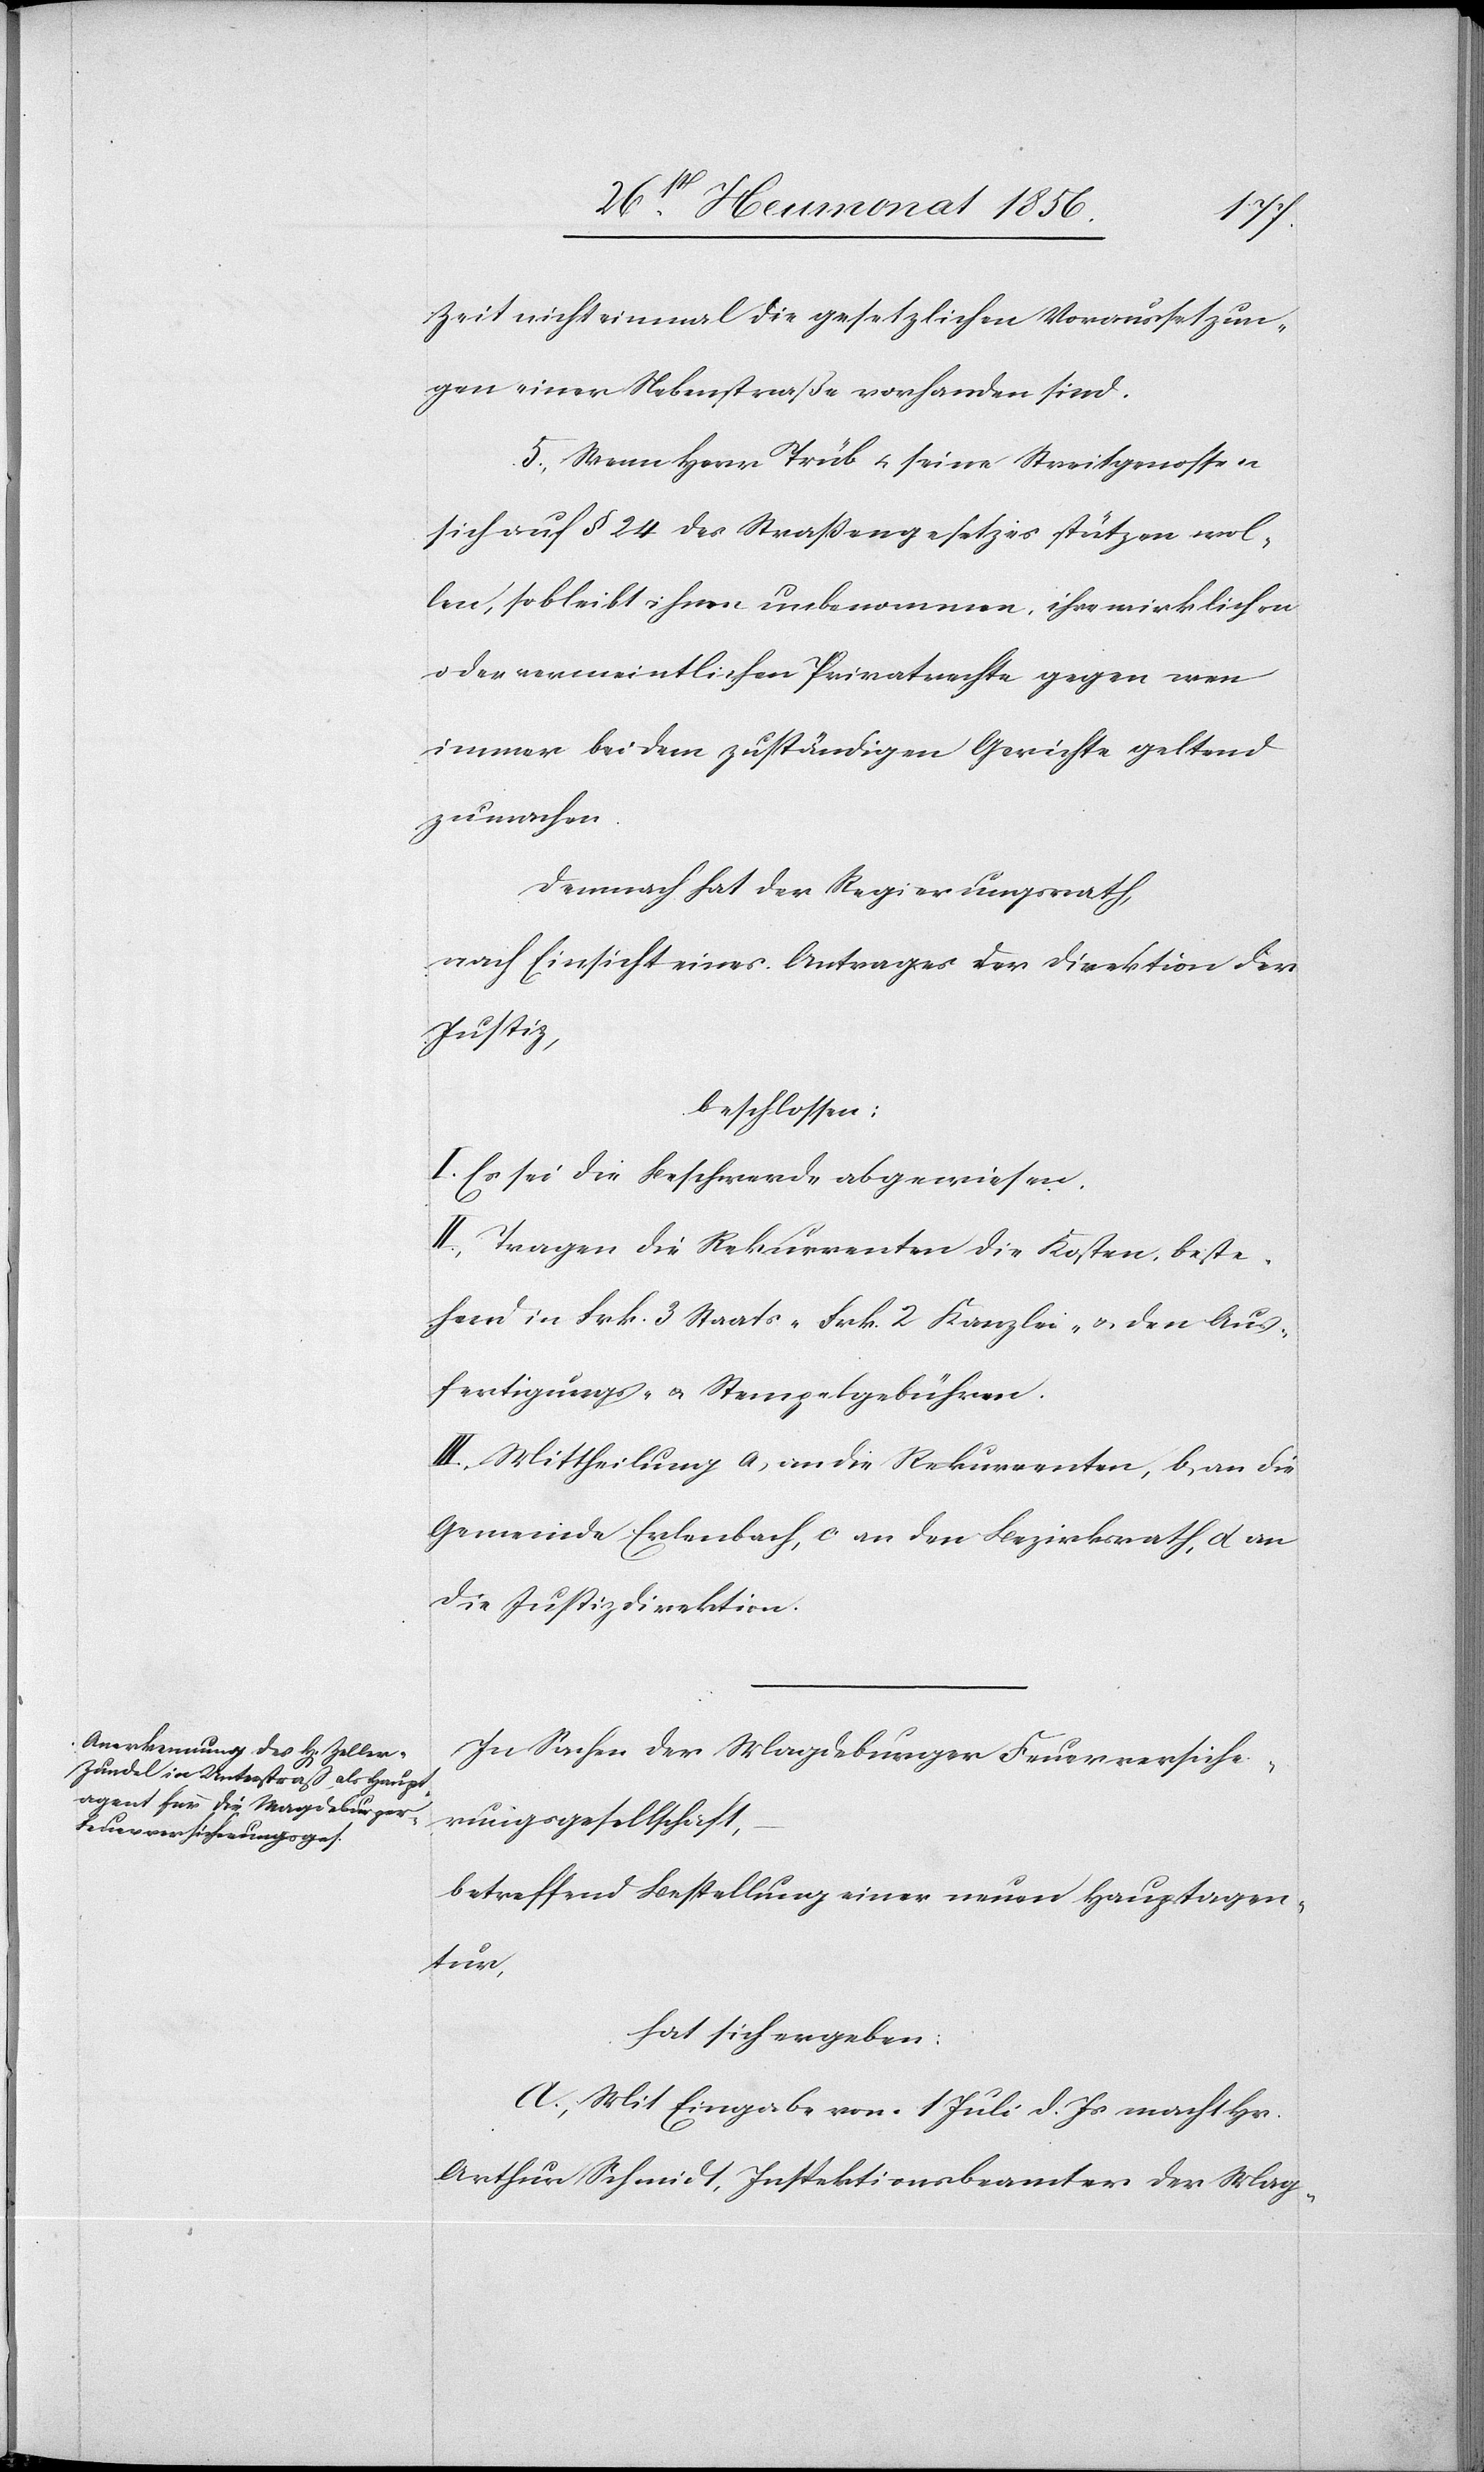
Zeit nicht einmal die gesetzlichen Voraussetzun¬
gen einer Nebenstraße vorhanden sind.
5.) Wenn Herr Trüb u. seine Streitgenossen
sich auf § 24 des Straßengesetzes stützen wol¬
len, so bleibt ihnen unbenommen, ihre wirklichen
oder vermeintlichen Privatrechte gegen wen
immer bei dem zuständigen Gerichte geltend
zu machen.
Demnach hat der Regierungsrath,
nach Einsicht eines Antrages der Direktion der
Justiz,
beschlossen:
I.) Es sei die Beschwerde abgewiesen.
II.) Tragen die Rekurrenten die Kosten, beste¬
hend in Frk. 3 Staats- [,] Kanzlei- u. den Aus¬
fertigungs- u. Stempelgebühren.
III.) Mittheilung a) an die Rekurrenten, b) an die
Gemeinde Erlenbach, c) an den Bezirksrath, d) an
die Justizdirektion.
In Sachen der Magdeburger Feuerversiche¬
rungsgesellschaft,
betreffend Bestellung einer neuen Hauptagen¬
tur,
hat sich ergeben:
A.) Mit Eingabe vom 1 Juli d. Js macht Hr.
Arthur Schmidt, Inspektionsbeamter der Mag-